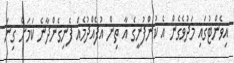
އިވެންޓުގައި މަދުވެގެން އެ ކުންފުނީގެ އާ ތިން އުފެއްދުމެއް ފެނިގެންދާނެ ކަމަށް ގިނަ